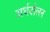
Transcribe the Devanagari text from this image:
अर्धदोलन